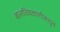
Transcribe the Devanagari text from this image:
बालचित्रवाणीमधून